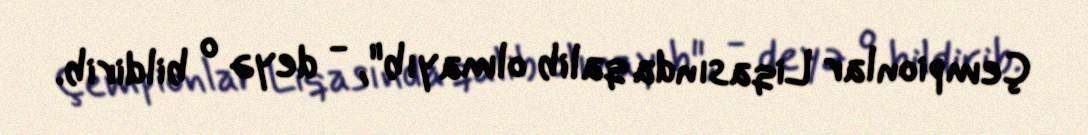
Çempionlar Liqasında qalib olmayıb", - deyə o bildirib.